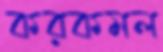
করকমল